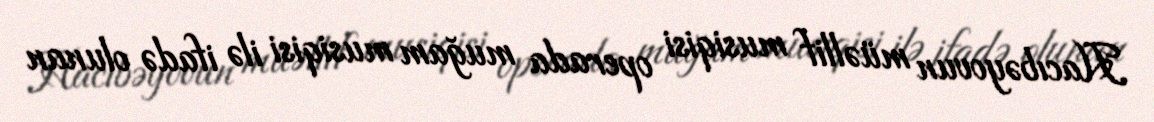
Hacıbəyovun müəllif musiqisi operada muğam musiqisi ilə ifadə olunan